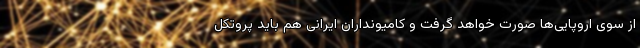
از سوی اروپایی‌ها صورت خواهد گرفت و کامیونداران ایرانی هم باید پروتکل